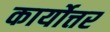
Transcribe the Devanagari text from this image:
कार्योत्तर